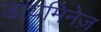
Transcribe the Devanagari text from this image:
डायमिनेज़